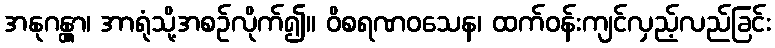
အနုဂန္တွာ၊ အာရုံသို့အစဉ်လိုက်၍။ ဝိစရဏဝသေန၊ ထက်ဝန်းကျင်လှည့်လည်ခြင်း